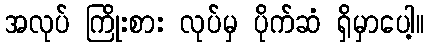
အလုပ် ကြိုးစား လုပ်မှ ပိုက်ဆံ ရှိမှာပေါ့။